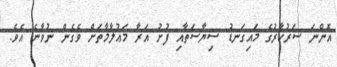
އޮންނަ ސަރުކާރުގެ މައިގަނޑު ސިޔާސަތާއި ފުށު އަރާ މަޢުލާމާތަށް ވެގެން ނުވާނެ އެވެ.